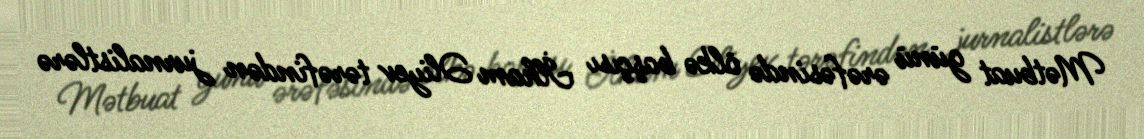
Mətbuat günü ərəfəsində ölkə başçısı İlham Əliyev tərəfindən jurnalistlərə